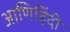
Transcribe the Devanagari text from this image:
आणिहिंदी